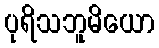
ပုရိသဘူမိယော